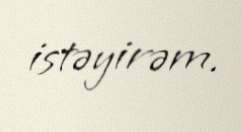
istəyirəm.